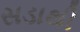
સડાથી